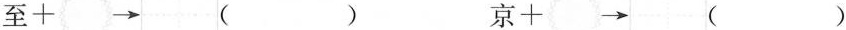
至+ \rightarrow （ ） 京+\rightarrow （ ）